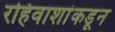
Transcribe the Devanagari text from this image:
रहिवाशांकडून